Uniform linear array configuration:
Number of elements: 4
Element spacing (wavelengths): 1
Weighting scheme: exponential
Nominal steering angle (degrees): -30
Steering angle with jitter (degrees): -29.852
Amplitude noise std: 0.05
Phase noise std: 0.05

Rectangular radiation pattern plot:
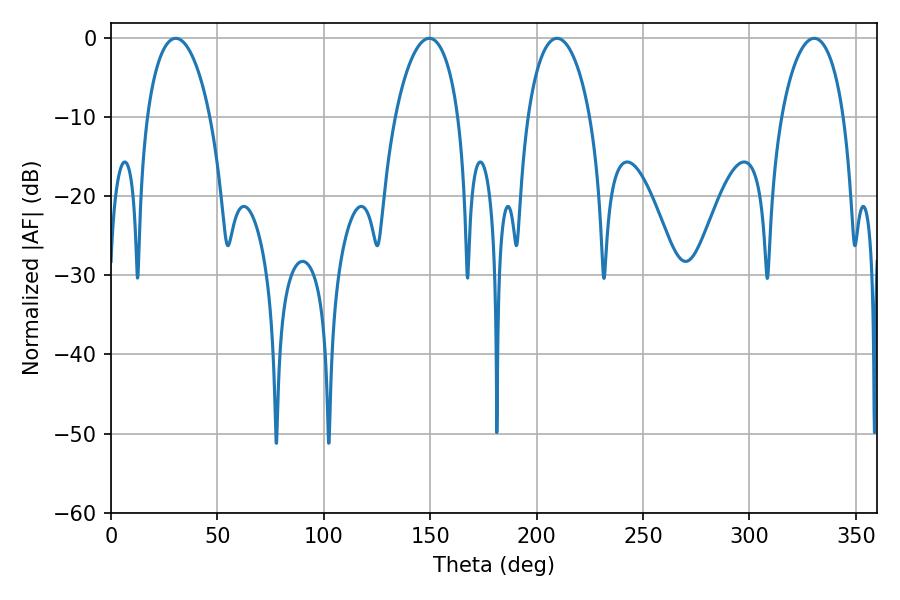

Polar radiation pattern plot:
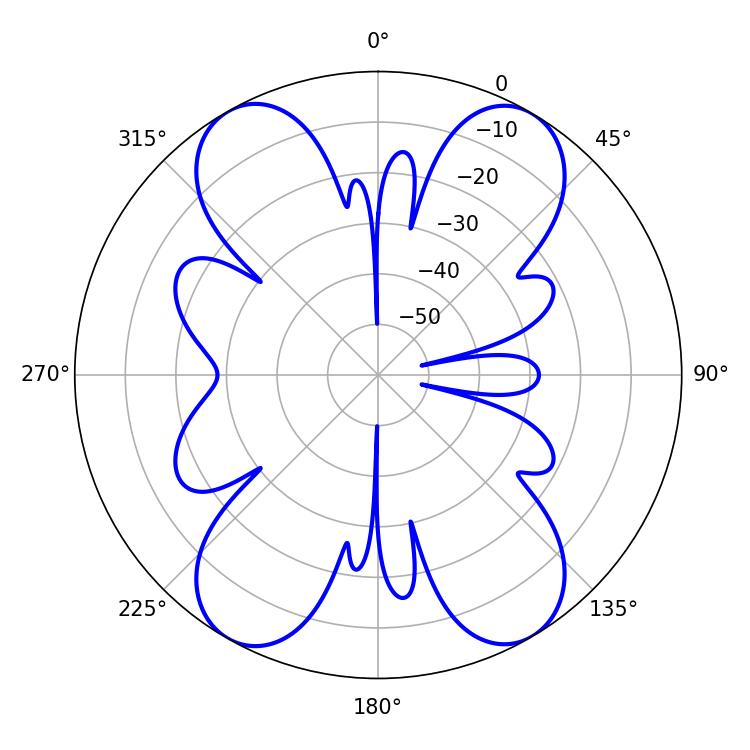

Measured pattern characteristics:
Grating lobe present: TRUE
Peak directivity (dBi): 27.645
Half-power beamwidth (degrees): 16.74
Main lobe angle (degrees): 30.42